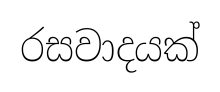
රසවාදයක්